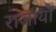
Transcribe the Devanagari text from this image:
राजायों